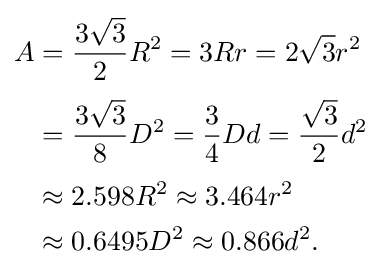
{\begin{aligned}A&={\frac {3{\sqrt {3}}}{2}}R^{2}=3Rr=2{\sqrt {3}}r^{2}\\[3pt]&={\frac {3{\sqrt {3}}}{8}}D^{2}={\frac {3}{4}}Dd={\frac {\sqrt {3}}{2}}d^{2}\\[3pt]&\approx 2.598R^{2}\approx 3.464r^{2}\\&\approx 0.6495D^{2}\approx 0.866d^{2}.\end{aligned}}